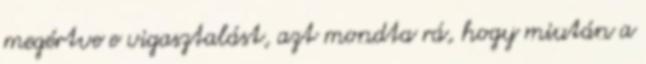
megértve e vigasztalást, azt mondta rá, hogy miután a